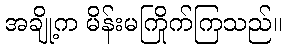
အချို့က မိန်းမကြိုက်ကြသည်။